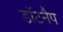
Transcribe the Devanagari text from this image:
डॉटनैप